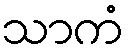
သာကံ